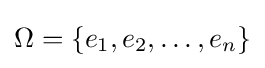
\Omega =\{e_{1},e_{2},\dots ,e_{n}\}